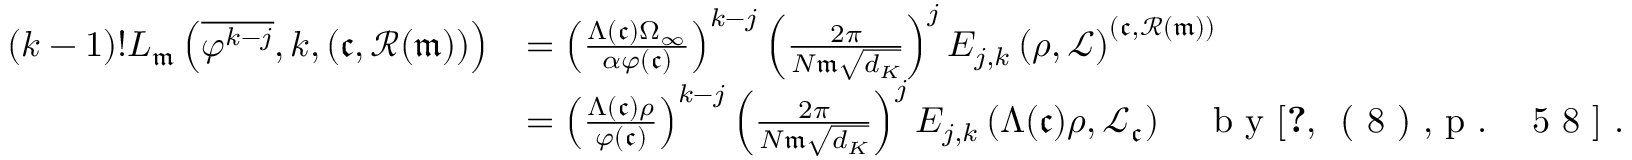
\begin{array} { r l } { ( k - 1 ) ! L _ { \mathfrak m } \left( \overline { { \varphi ^ { k - j } } } , k , ( \mathfrak c , \mathscr { R } ( \mathfrak m ) ) \right) } & { = \left( \frac { \Lambda ( \mathfrak c ) \Omega _ { \infty } } { \alpha \varphi ( \mathfrak c ) } \right) ^ { k - j } \left( \frac { 2 \pi } { N \mathfrak m \sqrt { d _ { K } } } \right) ^ { j } E _ { j , k } \left( \rho , \mathcal { L } \right) ^ { ( \mathfrak c , \mathscr { R } ( \mathfrak m ) ) } } \\ & { = \left( \frac { \Lambda ( \mathfrak c ) \rho } { \varphi ( \mathfrak c ) } \right) ^ { k - j } \left( \frac { 2 \pi } { N \mathfrak m \sqrt { d _ { K } } } \right) ^ { j } E _ { j , k } \left( \Lambda ( \mathfrak c ) \rho , \mathcal { L } _ { \mathfrak c } \right) \quad \textrm { b y \cite [ ( 8 ) , p . ~ 5 8 ] { d S 8 7 } } . } \end{array}